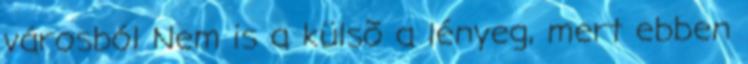
városból Nem is a külsõ a lényeg, mert ebben